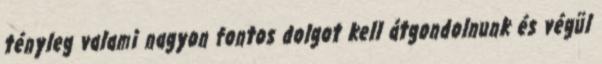
tényleg valami nagyon fontos dolgot kell átgondolnunk és végül